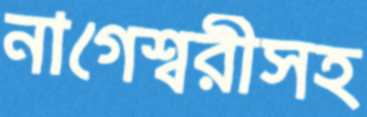
নাগেশ্বরীসহ